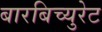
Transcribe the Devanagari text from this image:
बारबिच्युरेट